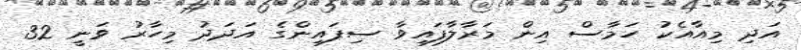
އަދި މިއާއެކު ހަމާސް އިން މަރާލާފައިވާ ސިފައިންގެ އަދަދު މިހާރު ވަނީ 32